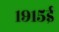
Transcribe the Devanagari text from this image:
१९१५ई